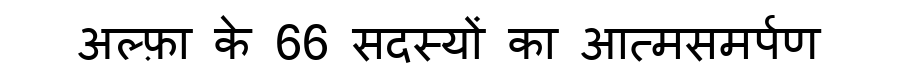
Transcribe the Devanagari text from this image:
अल्फ़ा के 66 सदस्यों का आत्मसमर्पण